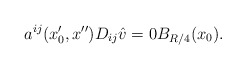
\begin{align*}a^{ij}(x_0',x'')D_{ij}\hat v=0B_{R/4}(x_0).\end{align*}